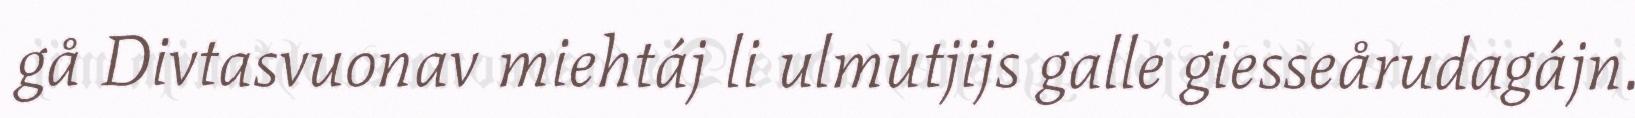
gå Divtasvuonav miehtáj li ulmutjijs galle giesseårudagájn.